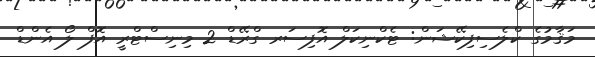
މަޤާމުގެ ކްލެސިފިކޭޝަން: ޓެކްނިކަލް އޮފިސަރ ގްރޭޑް 2 މިނިސްޓްރީ އޮފް ލޯ އެންޑް